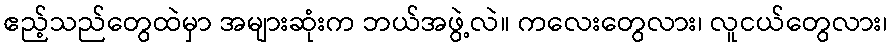
ဧည့်သည်တွေထဲမှာ အများဆုံးက ဘယ်အဖွဲ့လဲ။ ကလေးတွေလား၊ လူငယ်တွေလား၊